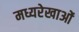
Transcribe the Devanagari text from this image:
मध्यरेखाओं